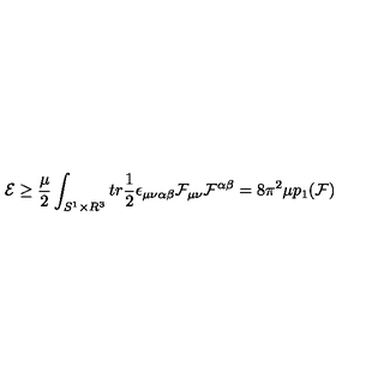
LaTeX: { \cal E } \ge \frac { \mu } { 2 } \int _ { S ^ { 1 } \times R ^ { 3 } } t r \frac { 1 } { 2 } \epsilon _ { \mu \nu \alpha \beta } { \cal F } _ { \mu \nu } { \cal F } ^ { \alpha \beta } = 8 \pi ^ { 2 } \mu p _ { 1 } ( { \cal F } )